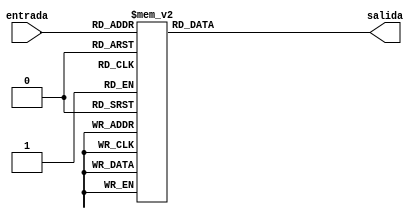
`timescale 1ns / 1ps
//////////////////////////////////////////////////////////////////////////////////
// Company: 
// Engineer: 
// 
// Design Name: 
// Module Name:    Deco1 
// Project Name: 
// Target Devices: 
// Tool versions: 
// Description: 
//
// Dependencies: 
//
// Revision: 
// Revision 0.01 - File Created
// Additional Comments: 
//
//////////////////////////////////////////////////////////////////////////////////
module Deco1(entrada, salida );
input [7:0] entrada;
output reg [6:0] salida;


always @ (entrada) 

		case (entrada)
		
			8'd0 : salida = 7'b1000000;
			8'd1 : salida = 7'b1000000;
			8'd2 : salida = 7'b1000000;
			8'd3 : salida = 7'b1000000;
			8'd4 : salida = 7'b1000000;
			8'd5 : salida = 7'b1000000;
			8'd6 : salida = 7'b1000000;
			8'd7 : salida = 7'b1000000;
			8'd8 : salida = 7'b1000000;
			8'd9 : salida = 7'b1000000;
			8'd10 : salida = 7'b1111001;
			8'd12 : salida = 7'b1111001;
			8'd14 : salida = 7'b1111001;
			8'd15 : salida = 7'b1111001;
			8'd16 : salida = 7'b1111001;
			8'd18 : salida = 7'b1111001;
			8'd20 : salida = 7'b0100100;
			8'd21 : salida = 7'b0100100;
			8'd24 : salida = 7'b0100100;
			8'd25 : salida = 7'b0100100;
			8'd28 : salida = 7'b0100100;
			8'd30 : salida = 7'b0110000;
			8'd32 : salida = 7'b0110000;
			8'd35 : salida = 7'b0110000;
			8'd36 : salida = 7'b0110000;
			8'd40 : salida = 7'b0011001;
			8'd42 : salida = 7'b0011001;
			8'd48 : salida = 7'b0011001;
			8'd49 : salida = 7'b0011001;
			8'd56 : salida = 7'b0010010;
			8'd64 : salida = 7'b0000010;
			
			-8'd0 : salida = 7'b1000000;
			-8'd1 : salida = 7'b1000000;
			-8'd2 : salida = 7'b1000000;
			-8'd3 : salida = 7'b1000000;
			-8'd4 : salida = 7'b1000000;
			-8'd5 : salida = 7'b1000000;
			-8'd6 : salida = 7'b1000000;
			-8'd7 : salida = 7'b1000000;
			-8'd8 : salida = 7'b1000000;
			-8'd9 : salida = 7'b1000000;
			-8'd10 : salida = 7'b1111001;
			-8'd12 : salida = 7'b1111001;
			-8'd14 : salida = 7'b1111001;
			-8'd15 : salida = 7'b1111001;
			-8'd16 : salida = 7'b1111001;
			-8'd18 : salida = 7'b1111001;
			-8'd20 : salida = 7'b0100100;
			-8'd21 : salida = 7'b0100100;
			-8'd24 : salida = 7'b0100100;
			-8'd25 : salida = 7'b0100100;
			-8'd28 : salida = 7'b0100100;
			-8'd30 : salida = 7'b0110000;
			-8'd32 : salida = 7'b0110000;
			-8'd35 : salida = 7'b0110000;
			-8'd36 : salida = 7'b0110000;
			-8'd40 : salida = 7'b0011001;
			-8'd42 : salida = 7'b0011001;
			-8'd48 : salida = 7'b0011001;
			-8'd49 : salida = 7'b0011001;
			-8'd56 : salida = 7'b0010010;
			-8'd64 : salida = 7'b0000010;
			
		
			default : salida = 7'b0000110;
		endcase 

//assign salida;



endmodule